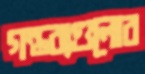
গন্তব্যগুলোর